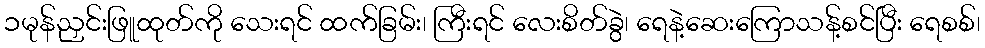
၁မုန်ညှင်းဖြူထုတ်ကို သေးရင် ထက်ခြမ်း၊ ကြီးရင် လေးစိတ်ခွဲ၊ ရေနဲ့ဆေးကြောသန့်စင်ပြီး ရေစစ်၊